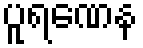
ပူရဏေန